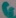
Text: G